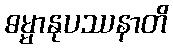
ဓမ္မာနုပဿနာတိ